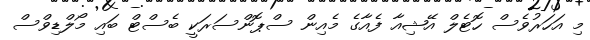
މި އަހަރުވެސް ހޮޓެލް އޭޝިއާ ފެއާގެ މެއިން ސްޕޮންސަރަކީ ބެސްޓް ބައި މޯލްޑިވްސް